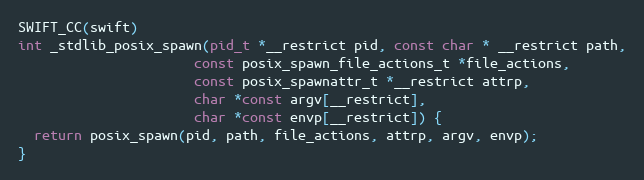
Language: C
SWIFT_CC(swift)
int _stdlib_posix_spawn(pid_t *__restrict pid, const char * __restrict path,
                      const posix_spawn_file_actions_t *file_actions,
                      const posix_spawnattr_t *__restrict attrp,
                      char *const argv[__restrict],
                      char *const envp[__restrict]) {
  return posix_spawn(pid, path, file_actions, attrp, argv, envp);
}